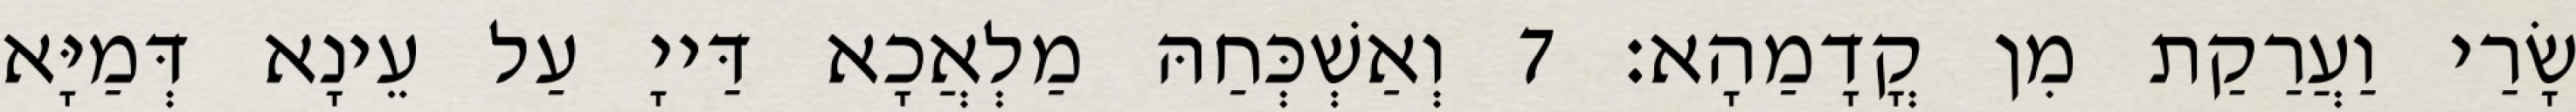
שָׂרַי וַעֲרַקַת מִן קֳדָמַהָא׃ 7 וְאַשְׁכְּחַהּ מַלְאֲכָא דַּייָ עַל עֵינָא דְּמַיָּא